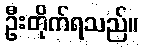
ဦးတိုက်ရသည်။